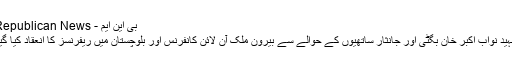
بی این ایم - Republican News
شہید نواب اکبر خان بگٹی اور جانثار ساتھیوں کے حوالے سے بیرون ملک آن لائن کانفرنس اور بلوچستان میں ریفرنسز کا انعقاد کیا گیا۔